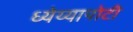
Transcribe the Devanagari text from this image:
ध्‍येय्यापोटी